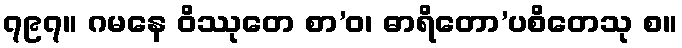
၇၉၇။ ဂမနေ ဝိဿုတေ စာ’ဝ၊ ဓာရိတော’ပစိတေသု စ။